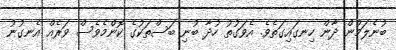
ބުނެލަމުން ދާން ހިނގައިގަތެވެ. އެވަގުތު ހުދާ ބުނި ބަސްތަކުގެ ކޮންމެވެސް ވަރެއް އެނގުނު